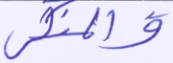
والمنكر